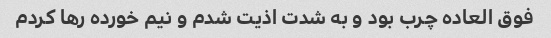
فوق العاده چرب بود و به شدت اذیت شدم و نیم خورده رها کردم